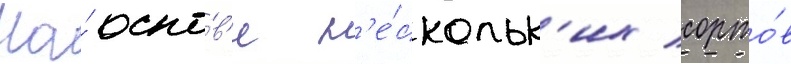
На́ осно́в'е н'е́скольк'их сорто́в